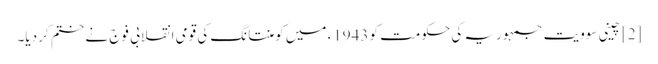
[2] چینی سوویت جمہوریہ کی حکومت کو 1943ء میں کومنتانگ کی قومی انقلابی فوج نے ختم کر دیا۔